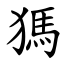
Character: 獁